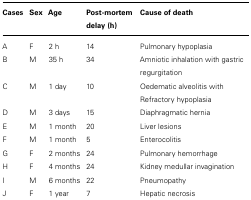
<table><thead><tr><td><b>Cases</b></td><td><b>Sex</b></td><td><b>Age</b></td><td><b>Post-mortem delay (h)</b></td><td><b>Cause of death</b></td></tr></thead><tbody><tr><td>A</td><td>F</td><td>2 h</td><td>14</td><td>Pulmonary hypoplasia</td></tr><tr><td>B</td><td>M</td><td>35 h</td><td>34</td><td>Amniotic inhalation with gastric regurgitation</td></tr><tr><td>C</td><td>M</td><td>1 day</td><td>10</td><td>Oedematic alveolitis with Refractory hypoplasia</td></tr><tr><td>D</td><td>M</td><td>3 days</td><td>15</td><td>Diaphragmatic hernia</td></tr><tr><td>E</td><td>M</td><td>1 month</td><td>20</td><td>Liver lesions</td></tr><tr><td>F</td><td>M</td><td>1 month</td><td>5</td><td>Enterocolitis</td></tr><tr><td>G</td><td>F</td><td>2 months</td><td>24</td><td>Pulmonary hemorrhage</td></tr><tr><td>H</td><td>F</td><td>4 months</td><td>24</td><td>Kidney medullar invagination</td></tr><tr><td>I</td><td>M</td><td>6 months</td><td>22</td><td>Pneumopathy</td></tr><tr><td>J</td><td>F</td><td>1 year</td><td>7</td><td>Hepatic necrosis</td></tr></tbody></table>